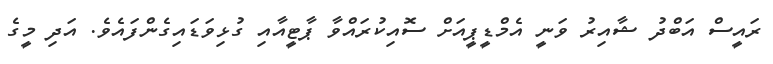
ރައީސް އަބްދު ޝާއިރު ވަނީ އެމްޑީޕީއަށް ސޮއިކުރައްވާ ޕާޓީއާއި ގުޅިވަޑައިގެންފައެވެ. އަދި މީގެ